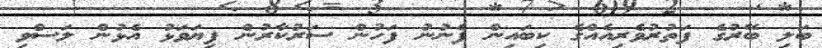
ބަލި ބޭރުގެ ފަތުރުވެރިއެއްގެ ކިބައިން ފެނުނު ފަހުން ސަރުކާރުން ފިޔަވަޅު އެޅުން ލަސްވި